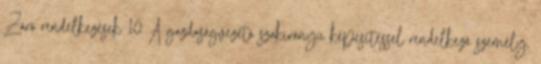
Záró rendelkezések 10 A gazdaságvezető szakirányú képesítéssel rendelkező személy,